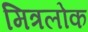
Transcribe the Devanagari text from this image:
मित्रलोक